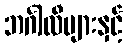
ဘင်္ဂါလီများနှင့်